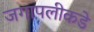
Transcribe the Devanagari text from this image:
जगापलीकडे